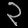
Digit: ၃